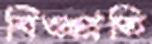
বিওপ্রতি